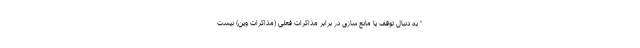
" به دنبال توقف یا مانع سازی در برابر مذاکرات فعلی (مذاکرات وین) نیست